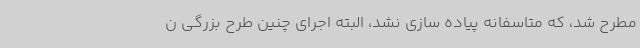
مطرح شد، که متاسفانه پیاده سازی نشد، البته اجرای چنین طرح بزرگی ن